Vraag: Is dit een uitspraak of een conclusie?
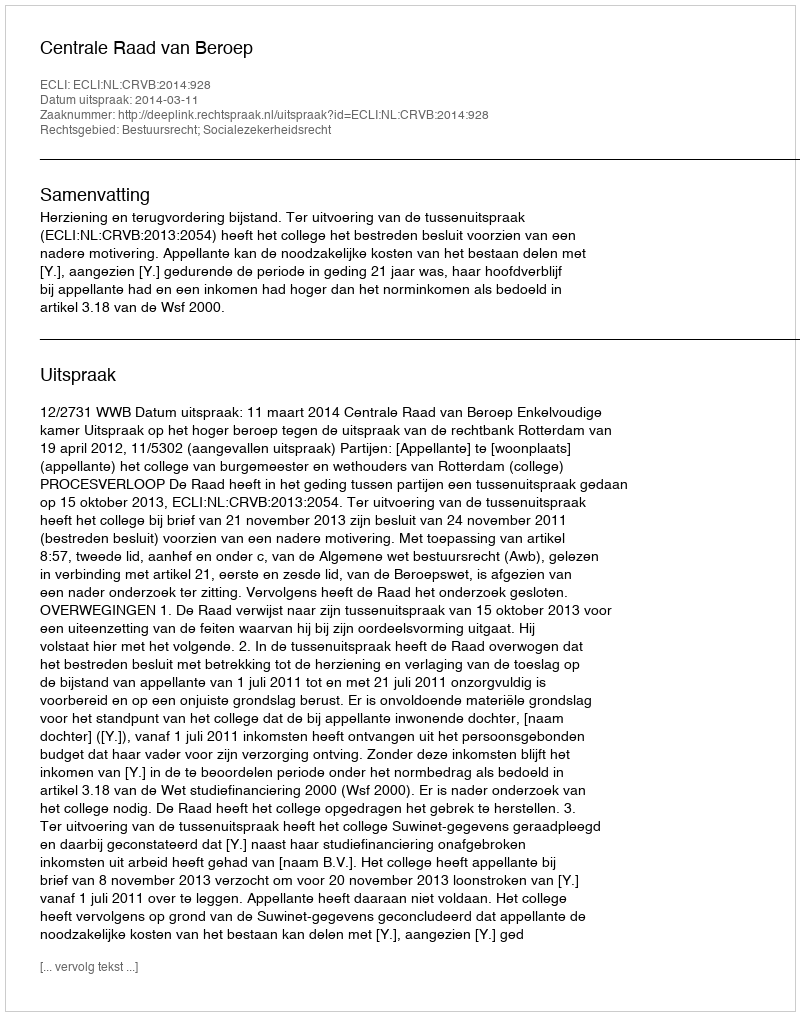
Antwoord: Uitspraak